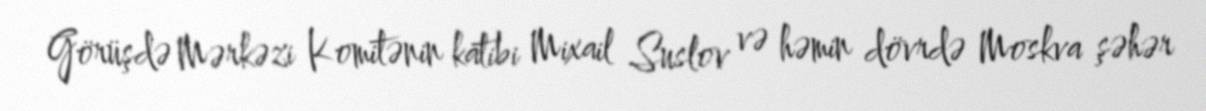
Görüşdə Mərkəzi Komitənin katibi Mixail Suslov və həmin dövrdə Moskva şəhər